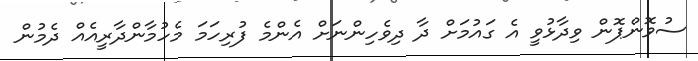
ސުވޮންޕޮން ވިދާޅުވީ އެ ގައުމަށް ދާ ދިިވެހިންނަށް އެންމެ ފުރިހަމަ މެހުމާންދާރީއެއް ދެމުން